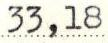
33,18